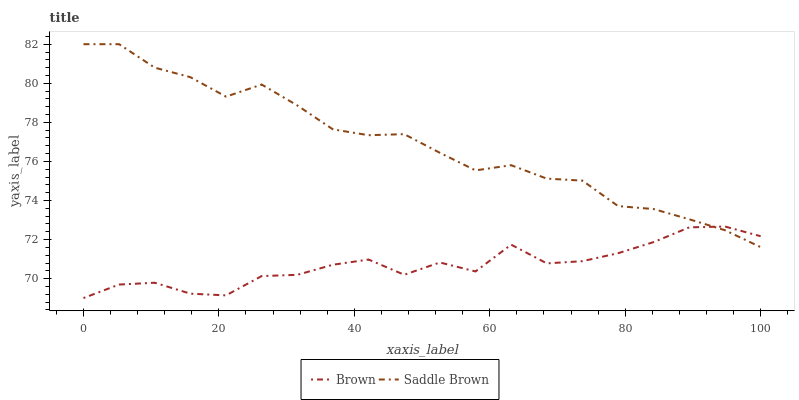
| xaxis_label | Brown | Saddle Brown |
 | --- | --- | --- |
 | 0 | 69 | 82 |
 | 5.26 | 69.7 | 82 |
 | 10.5 | 69.8 | 80.8 |
 | 15.8 | 69.2 | 80.3 |
 | 21.1 | 69.1 | 79.3 |
 | 26.3 | 70.1 | 79.9 |
 | 31.6 | 70.2 | 78.9 |
 | 36.8 | 70.7 | 77.6 |
 | 42.1 | 71 | 77.3 |
 | 47.4 | 70.2 | 77.4 |
 | 52.6 | 70.8 | 76.4 |
 | 57.9 | 70.4 | 75.5 |
 | 63.2 | 71.7 | 75.8 |
 | 68.4 | 70.8 | 75.1 |
 | 73.7 | 70.9 | 75 |
 | 78.9 | 71.3 | 73.7 |
 | 84.2 | 71.9 | 73.6 |
 | 89.5 | 72.6 | 73 |
 | 94.7 | 72.7 | 72.5 |
 | 100 | 72.2 | 71.6 |